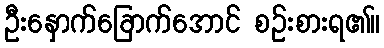
ဦးနှောက်ခြောက်အောင် စဉ်းစားရ၏။